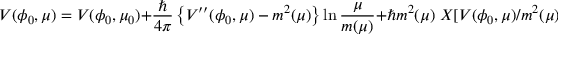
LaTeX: { \cal V } ( \phi _ { 0 } , \mu ) = V ( \phi _ { 0 } , \mu _ { 0 } ) + { \frac { \hbar } { 4 \pi } } \left\{ V ^ { \prime \prime } ( \phi _ { 0 } , \mu ) - m ^ { 2 } ( \mu ) \right\} \ln { \frac { \mu } { m ( \mu ) } } + \hbar m ^ { 2 } ( \mu ) \; X [ V ( \phi _ { 0 } , \mu ) / m ^ { 2 } ( \mu ) , \mu ] + O ( \hbar ^ { 2 } ) .